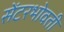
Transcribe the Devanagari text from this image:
सेंटरभोवती